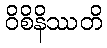
ဝိစိနိဿတိ